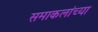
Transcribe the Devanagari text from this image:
समाकलांच्या